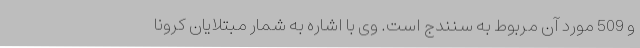
و 509 مورد آن مربوط به سنندج است. وی با اشاره به شمار مبتلایان کرونا